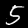
Digit: 5